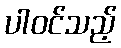
ပါဝင်သည့်